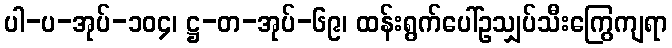
ပါ-ပ-အုပ်-၁၀၄၊ ဋ္ဌ-တ-အုပ်-၆၉၊ ထန်းရွက်ပေါ်ဥသျှပ်သီးကြွေကျရာ